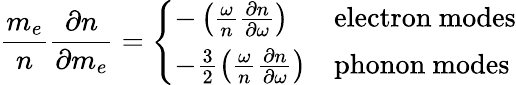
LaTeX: \frac{m_{e}}{n}\frac{\partial n}{\partial m_{e}}=\left\{ \begin{array}{ll}{-\left(\frac{\omega}{n}\frac{\partial n}{\partial\omega}\right)}&{\mathrm{electron~modes}}\\ {-\frac{3}{2}\left(\frac{\omega}{n}\frac{\partial n}{\partial\omega}\right)}&{\mathrm{phonon~modes}}\end{array}\right.